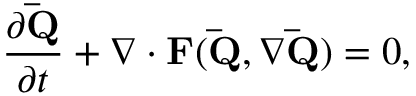
\frac { \partial \mathbf { \bar { Q } } } { \partial t } + \nabla \cdot \mathbf { F } ( \mathbf { \bar { Q } } , \nabla \mathbf { \bar { Q } } ) = 0 ,